Annual report of the Punjab Veterinary College and of the Civil Veterinary Department, Punjab - 1909-1919
Year: 1909
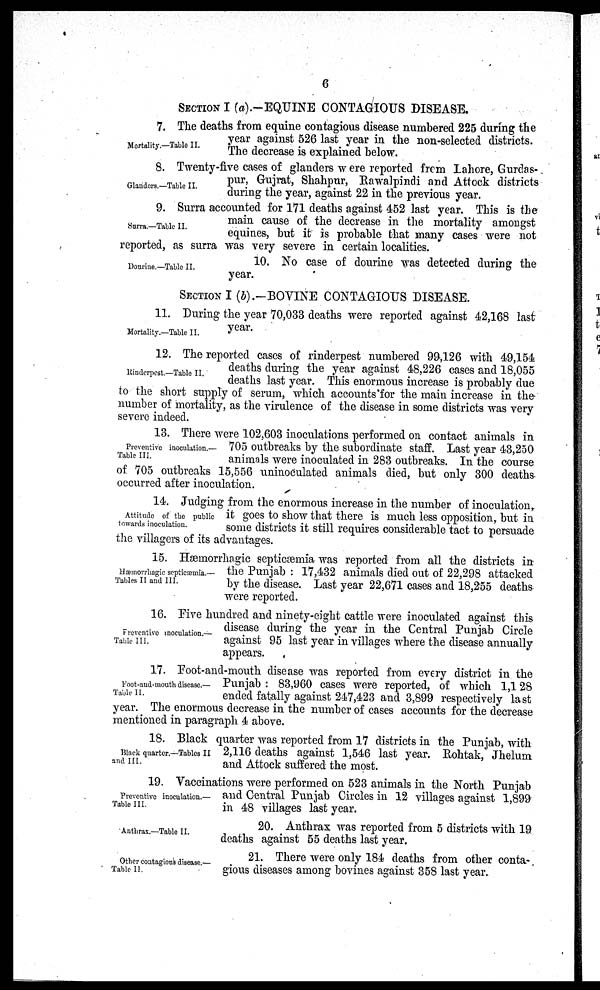
6
SECTION I (a).-EQUINE CONTAGIOUS DISEASE.
Mortality.—Table II.
7. The deaths from equine contagious disease numbered 225 during the
year against 526 last year in the non-selected districts.
The decrease is explained below.
Glanders.—Table II.
8. Twenty-five cases of glanders were reported from Lahore, Gurdas-
pur, Gujrat, Shahpur, Rawalpindi and Attock districts
during the year, against 22 in the previous year.
Surra.—Table II.
9. Surra accounted for 171 deaths against 452 last year. This is the
main cause of the decrease in the mortality amongst
equines, but it is probable that many cases were not
reported, as surra was very severe in certain localities.
Dourine.—Table II.
10. No case of dourine was detected during the
year.
SECTION I (b).-BOVINE CONTAGIOUS DISEASE.
Mortality.—Table II.
11. During the year 70,033 deaths were reported against 42,168 last
year.
Rinderpest.—Table II.
12. The reported cases of rinderpest numbered 99,126 with 49,154
deaths during the year against 48,226 cases and 18,055
deaths last year. This enormous increase is probably due
to the short supply of serum, which accounts for the main increase in the
number of mortality, as the virulence of the disease in some districts was very
severe indeed.
Preventive inoculation.—
Table III.
13. There were 102,603 inoculations performed on contact animals in
705 outbreaks by the subordinate staff. Last year 43,250
animals were inoculated in 283 outbreaks. In the course
of 705 outbreaks 15,556 uninodulated animals died, but only 300 deaths
occurred after inoculation.
Attitude of the public
towards inoculation.
14. Judging from the enormous increase in the number of inoculation,
it goes to show that there is much less opposition, but in
some districts it still requires considerable tact to persuade
the villagers of its advantages.
Hæmorrhagic septicæmia.—
Tables II and III.
15. Hæmorrhagic septicæmia was reported from all the districts i:
the Punjab: 17,432 animals died out of 22,298 attacked
by the disease. Last year 22,671 cases and 18,255 deaths
were reported.
Preventive inoculation.—
Table III.
16. Five hundred and ninety-eight cattle were inoculated against this
disease during the year in the Central Punjab Circle
against 95 last year in villages where the disease annually
appears.
Foot-and-mouth disease.—
Table II.
17. Foot-and-mouth disease was reported from every district in the
Punjab: 83,960 cases were reported, of which 1,128
ended fatally against 247,423 and 3,899 respectively last
year. The enormous decrease in the number of cases accounts for the decrease
mentioned in paragraph 4 above.
Black quarter.—Tables II
and III.
18. Black quarter was reported from 17 districts in the Punjab, with
2,116 deaths against 1,546 last year. Rohtak, Jhelum
and Attock suffered the most.
Preventive inoculation.—
Table III.
19. Vaccinations were performed on 523 animals in the North Punjab
and Central Punjab Circles in 12 villages against 1,899
in 48 villages last year.
Anthrax.—Table II.
20. Anthrax was reported from 5 districts with 19
deaths against 55 deaths last year.
Other contagious disease.—
Table II.
21. There were only 184 deaths from other conta-
gious diseases among bovines against 358 last year.